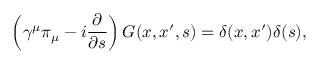
\left( \gamma ^ { \mu } \pi _ { \mu } - i \frac \partial { \partial s } \right) G ( x , x ^ { \prime } , s ) = \delta ( x , x ^ { \prime } ) \delta ( s ) ,